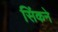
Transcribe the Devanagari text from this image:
सिंकने